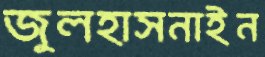
জুলহাসনাইন